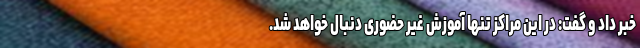
خبر داد و گفت: در این مراکز تنها آموزش غیر حضوری دنبال خواهد شد.